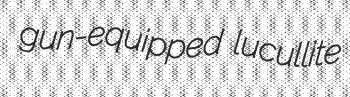
gun-equipped lucullite